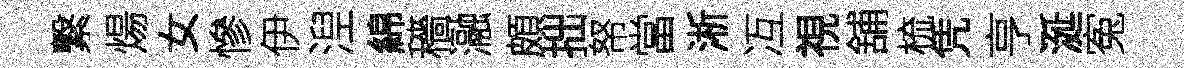
繋煬女慘伊湼綿穡瀜頗拙帑當淅冱視舖梳凭亨涎寃